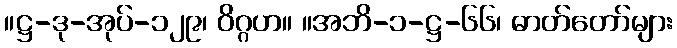
။ဋ္ဌ-ဒု-အုပ်-၁၂၉၊ ဝိဂ္ဂဟ။ ။အဘိ-၁-ဋ္ဌ-၆၆၊ ဓာတ်တော်များ